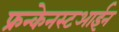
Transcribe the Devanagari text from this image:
फ्रन्केनस्टआईन